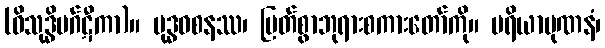
(ဝိသုဒ္ဓိမဂ်ဋီကာ)။ ဗုဒ္ဓဝစနဿ၊ မြတ်စွာဘုရားစကားတော်ကို။ ပရိယာပုဏနံ၊